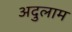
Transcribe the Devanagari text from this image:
अदुलाम